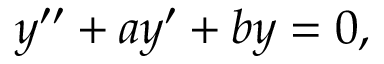
y ^ { \prime \prime } + a y ^ { \prime } + b y = 0 ,